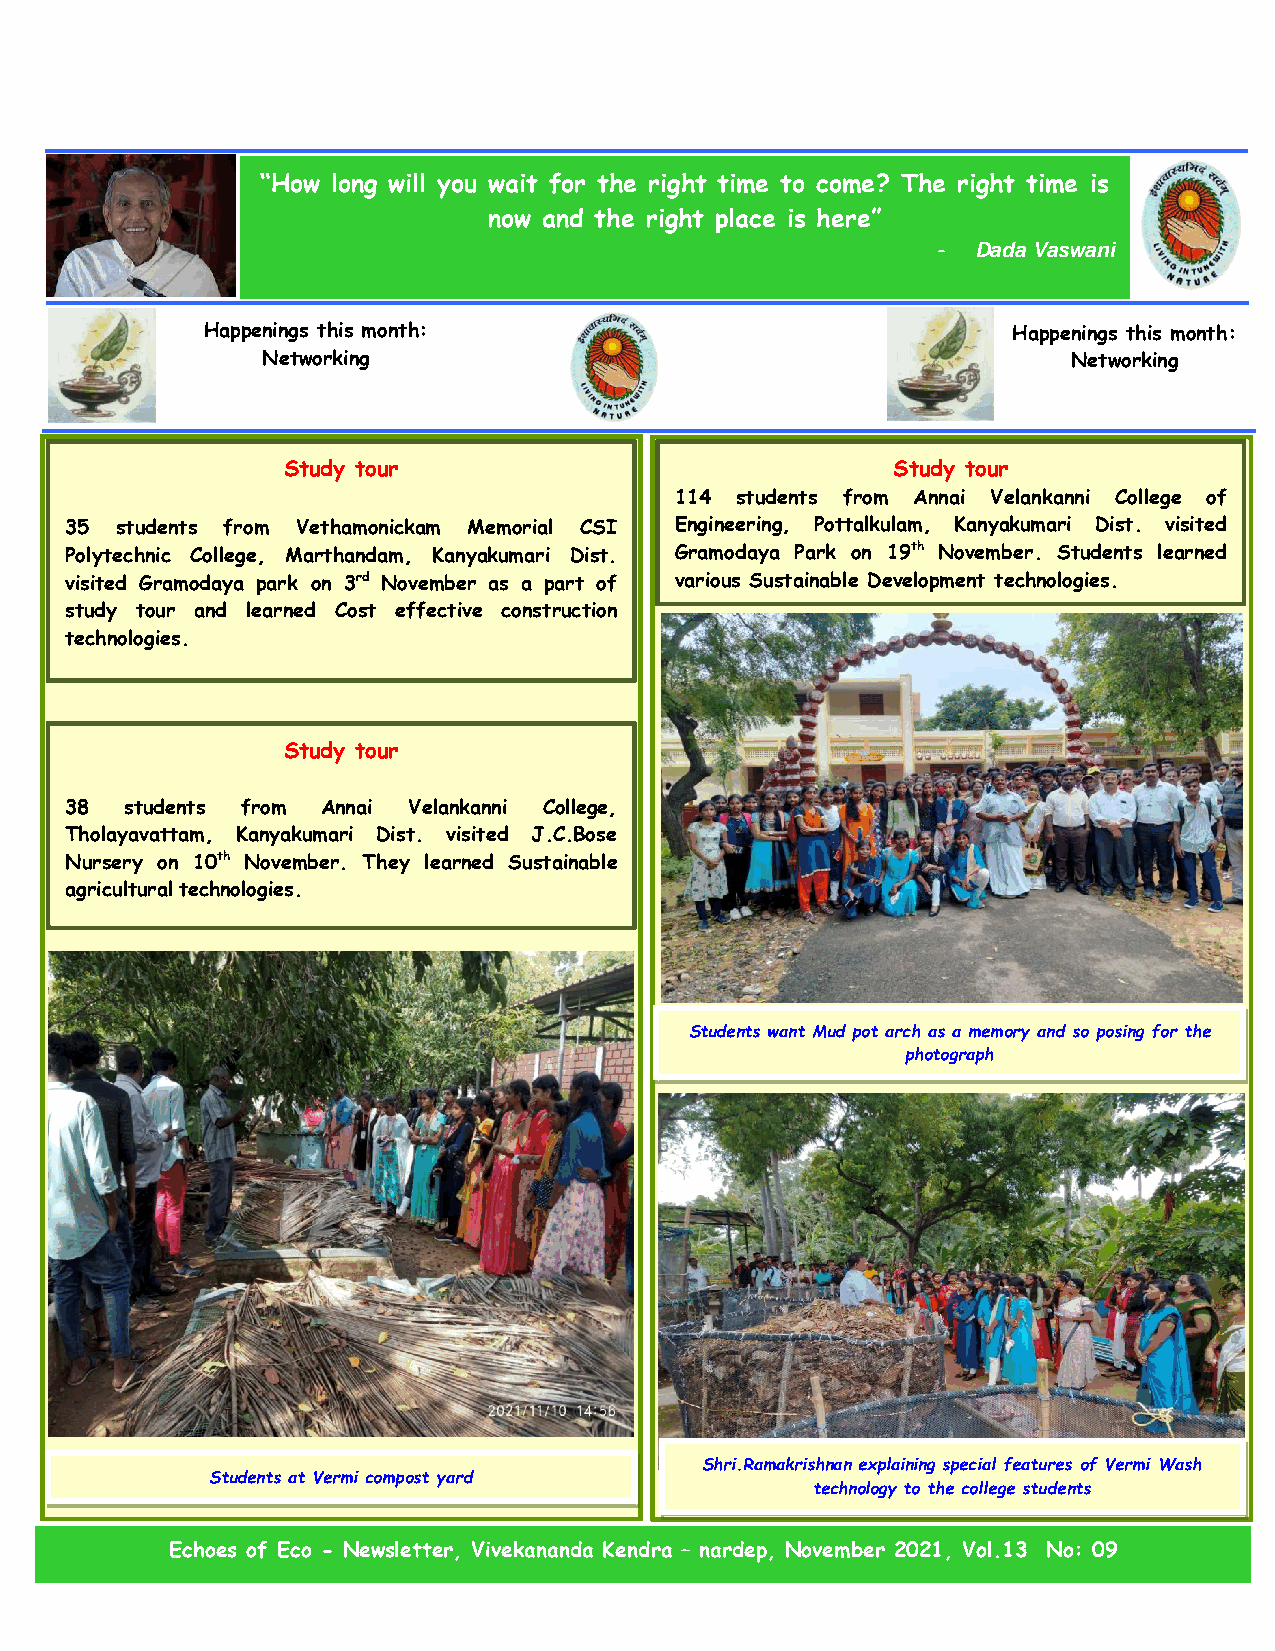
“How long will you wait for the right time to come? The right time is
 now and the right place is here”
 -  Dada Vaswani
 Happenings this month:                                Happenings this month:
 Networking                                            Networking
 Study tour                              Study tour
 114 students from Annai Velankanni College of
 35  students from Vethamonickam Memorial CSI Engineering, Pottalkulam, Kanyakumari Dist. visited
 Polytechnic College, Marthandam, Kanyakumari Dist. Gramodaya Park on 19th November. Students learned
 visited Gramodaya park on 3rd November as a part of various Sustainable Development technologies.
 study tour and learned Cost effective construction
 technologies.
 Study tour
 38  students from Annai Velankanni College,
 Tholayavattam, Kanyakumari Dist. visited J.C.Bose
 Nursery on 10th November. They learned Sustainable
 agricultural technologies.
 Students want Mud pot arch as a memory and so posing for the
 photograph
 Shri.Ramakrishnan explaining special features of Vermi Wash
 Students at Vermi compost yard
 technology to the college students
 Echoes of Eco - Newsletter, Vivekananda Kendra – nardep, November 2021, Vol.13 No: 09